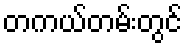
တကယ်တမ်းတွင်